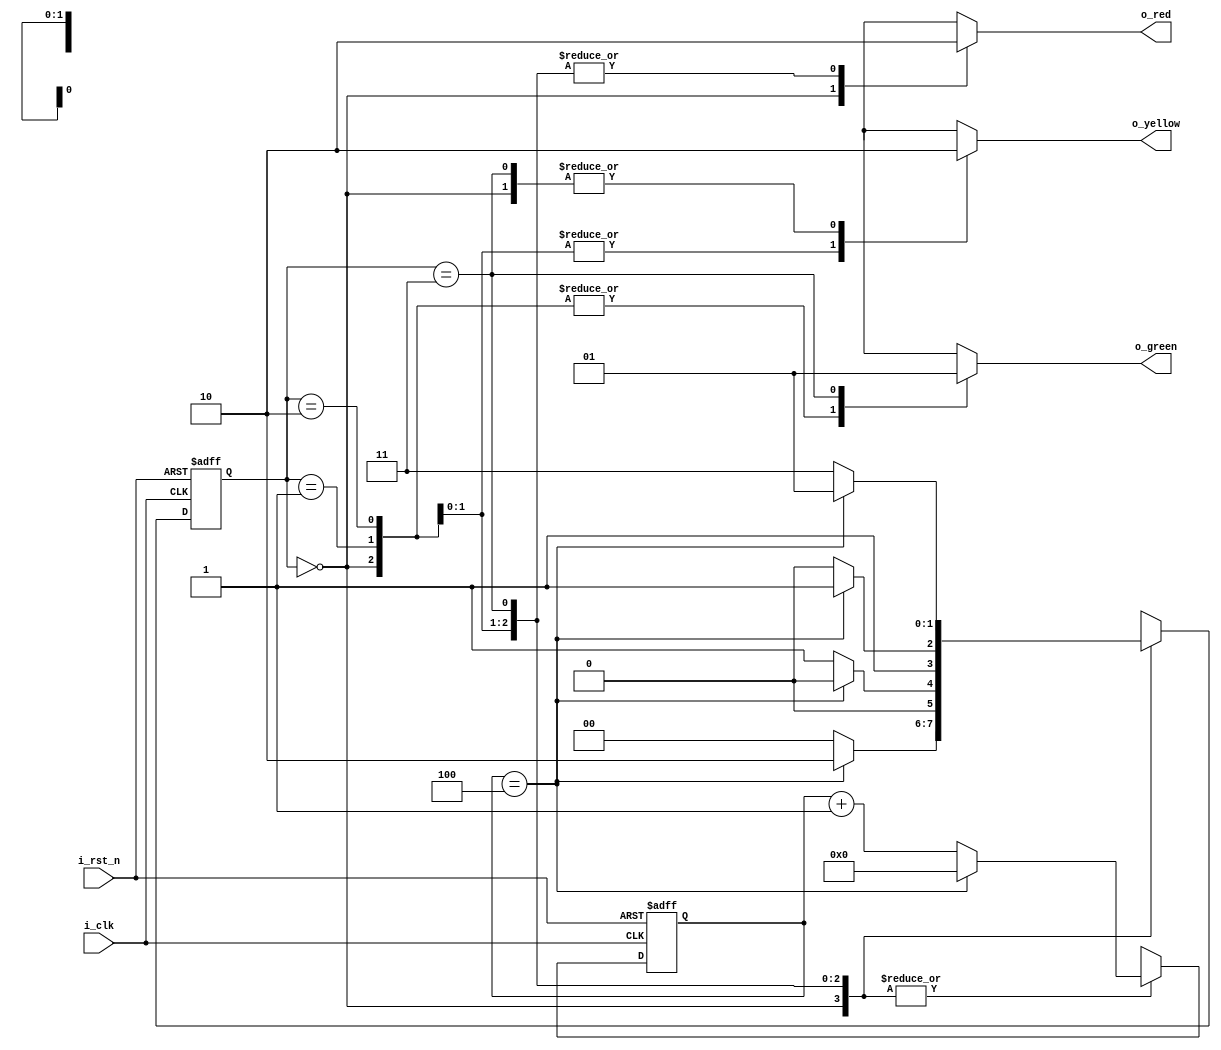
module traffic_light(i_clk, i_rst_n, o_red, o_yellow, o_green);

	input		i_clk, i_rst_n;
	output reg  o_red, o_yellow, o_green;

	reg		[1:0] state;
	reg 	[7:0] counter;
	
	parameter RED = 0, YELLOW1 = 1, YELLOW2 = 2, GREEN = 3;
	parameter RED_DELAY = 5, YELLOW_DELAY = 5, GREEN_DELAY = 5;

	always @ (state) begin
		case (state)
			RED: 
				begin
					o_red = 1;
					o_yellow = 0;
					o_green = 0;
				end
			YELLOW1:
				begin
					o_red = 0;
					o_yellow = 1;
					o_green = 0;
				end
			YELLOW2:
				begin
					o_red = 0;
					o_yellow = 1;
					o_green = 0;
				end
			GREEN:
				begin
					o_red = 0;
					o_yellow = 0;
					o_green = 1;
				end
			default:
				begin
					o_red = 0;
					o_yellow = 0;
					o_green = 0;
				end
		endcase
	end
	always @ (posedge i_clk or negedge i_rst_n) begin
		if (!i_rst_n) begin
			state <= RED;
			counter <= 0;
		end
		else
			case (state)
				RED:
					if (counter == RED_DELAY-1) begin
						state <= YELLOW2;
						counter <= 0;
					end
					else begin
						state <= RED;
						counter <= counter + 1;
					end
				YELLOW1:
					if (counter == YELLOW_DELAY-1) begin
						state <= RED;
						counter <= 0;
					end
					else begin
						state <= YELLOW1;
						counter <= counter + 1;
					end
				YELLOW2:
					if (counter == YELLOW_DELAY-1) begin
						state <= GREEN;
						counter <= 0;
					end
					else begin
						state <= YELLOW2;
						counter <= counter + 1;
					end
				GREEN:
					if (counter == GREEN_DELAY-1) begin
						state <= YELLOW1;
						counter <= 0;
					end
					else begin
						state <= GREEN;
						counter <= counter + 1;
					end
			endcase
	end

endmodule